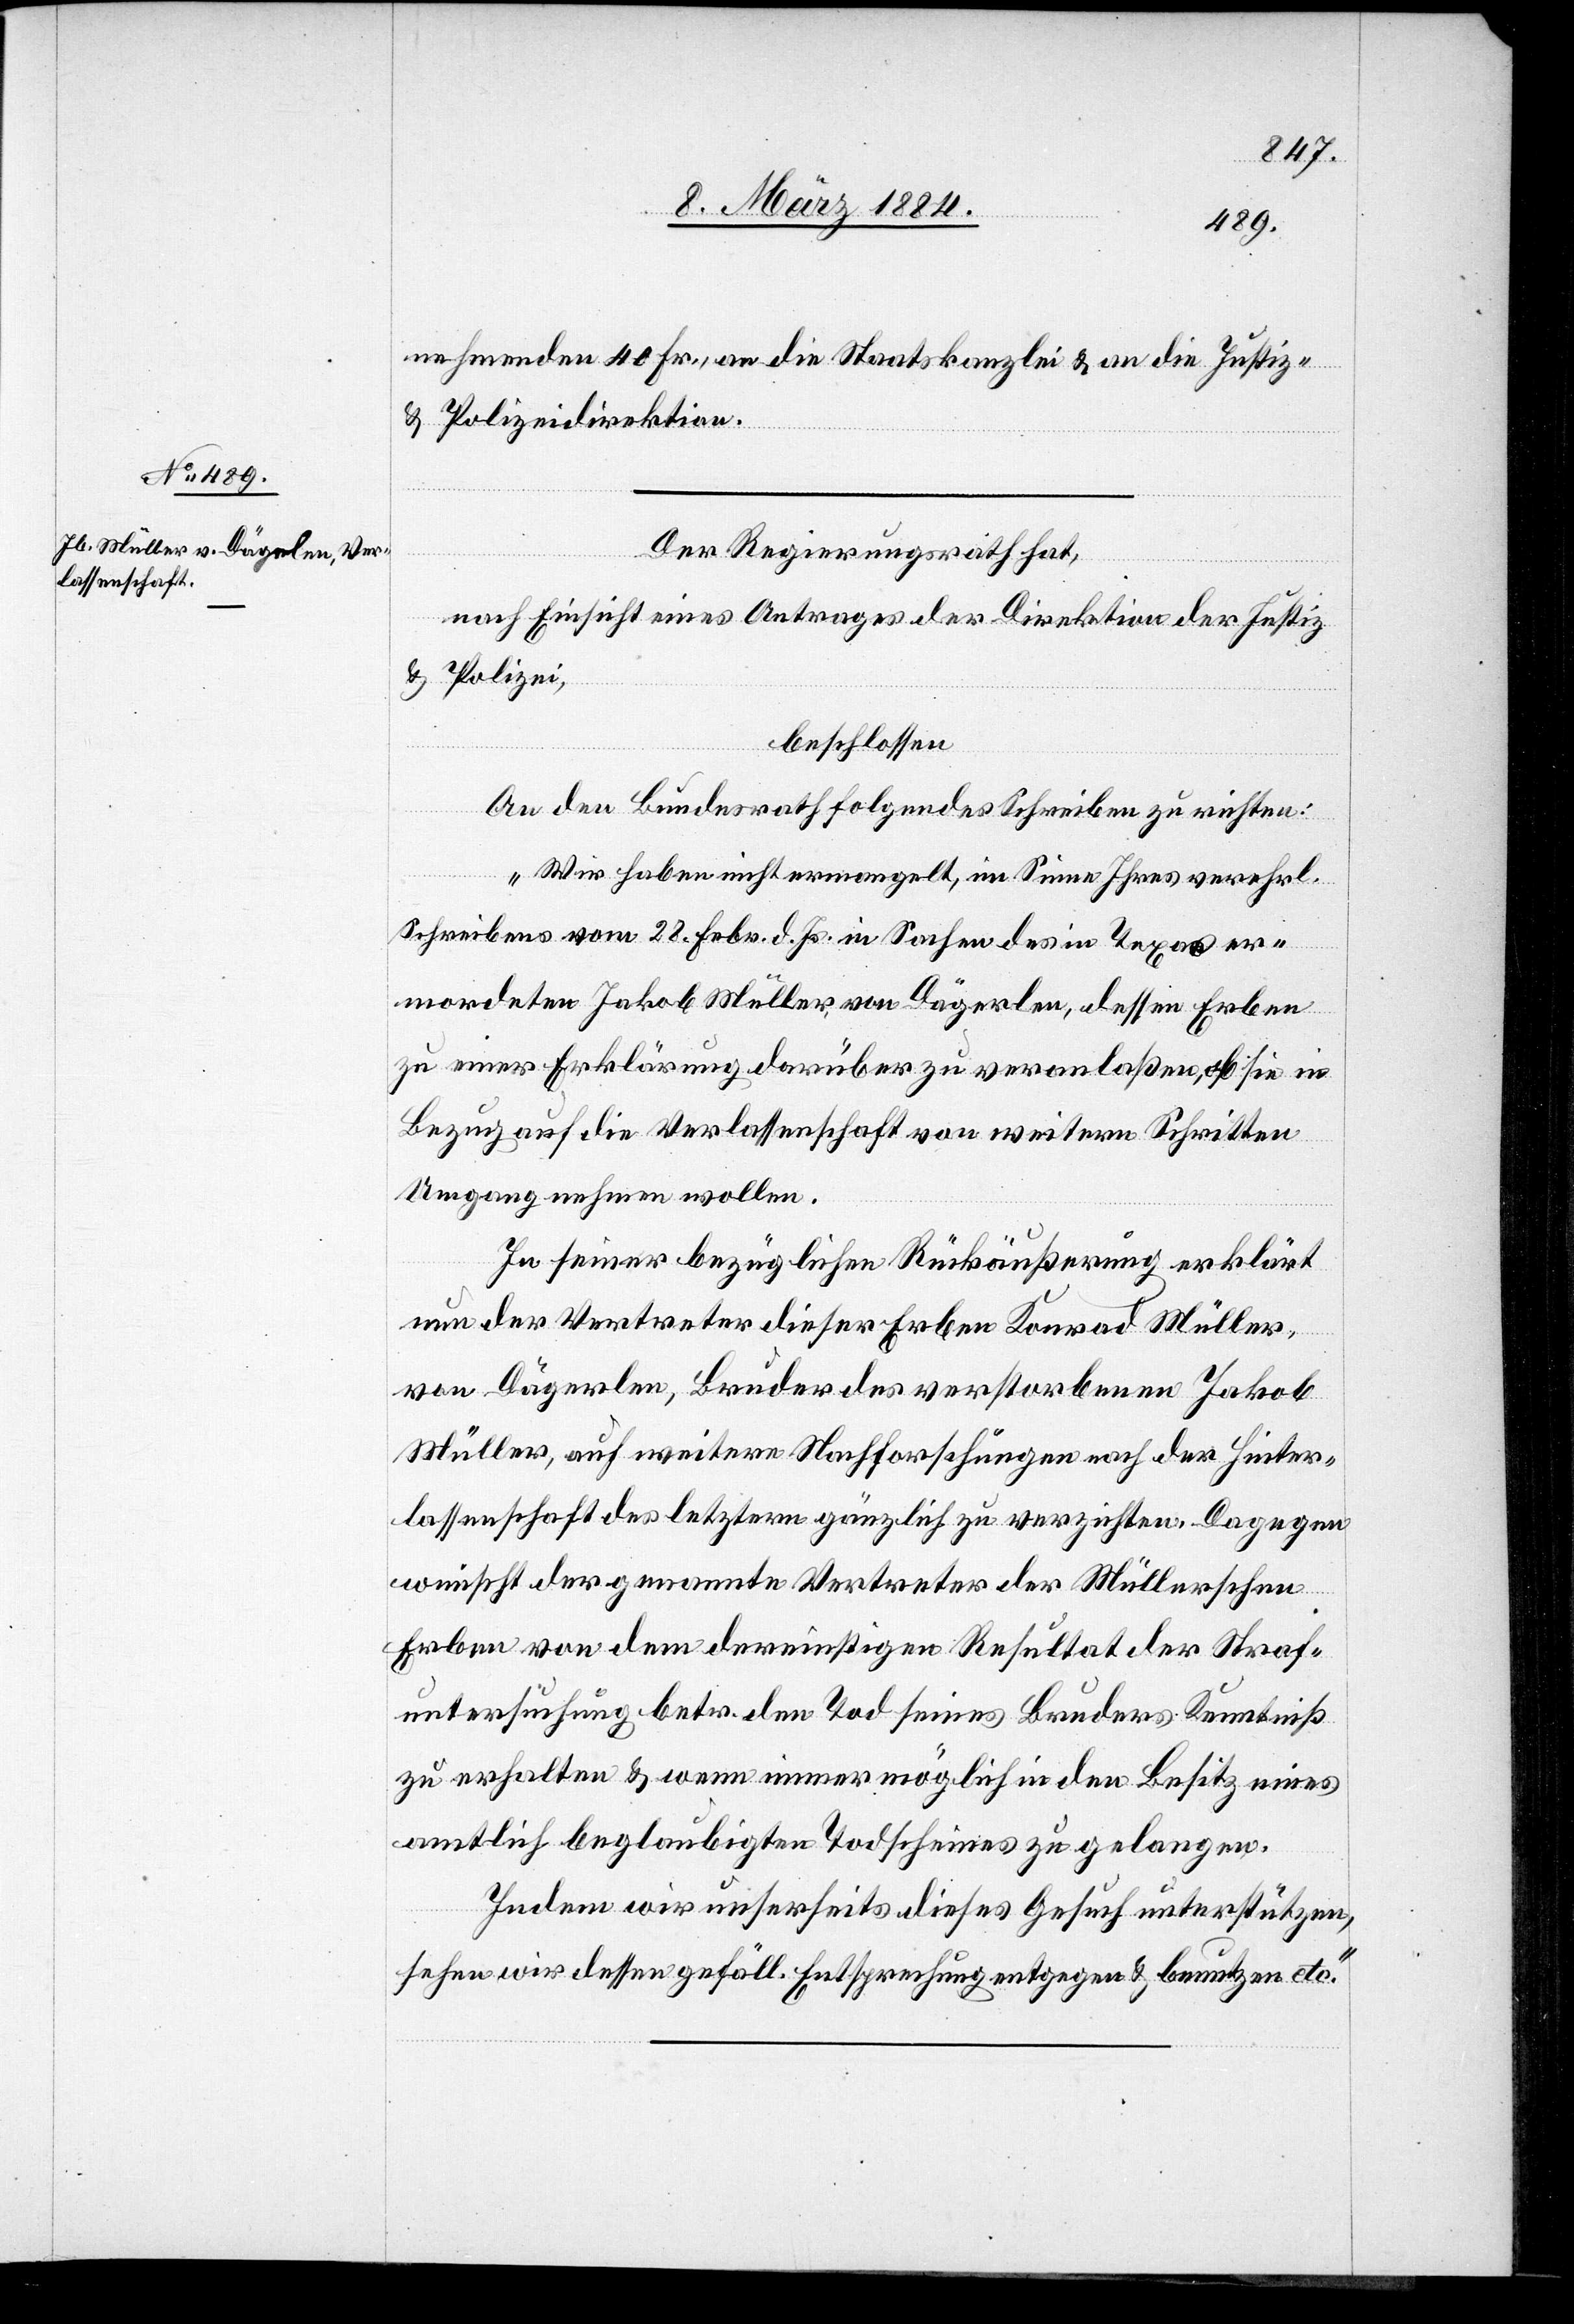
nehmenden 40 Fr., an die Staatskanzlei & an die Justiz-
& Polizeidirektion.
Der Regierungsrath hat,
nach Einsicht eines Antrages der Direktion der Justiz
& Polizei,
beschlossen:
An den Bundesrath folgendes Schreiben zu richten:
„Wir haben nicht ermangelt, im Sinne Ihres verehrli.
Schreibens vom 28. Febr. d. Js. in Sachen des in Texas er¬
mordeten Jakob Müller, von Dägerlen, dessen Erben
zu einer Erklärung darüber zu veranlaßen, ob sie in
Bezug auf die Verlassenschaft von weitern Schritten
Umgang nehmen wollen.
In seiner bezüglichen Rückäußerung erklärt
nun der Vertreter dieser Erben Konrad Müller,
von Dägerlen, Bruder des verstorbenen Jakob
Müller, auf weitere Nachforschungen nach der Hinter¬
lassenschaft des letztern gänzlich zu verzichten. Dagegen
wünscht der genannte Vertreter der Müllerschen
Erben von dem dereinstigen Resultat der Straf¬
untersuchung betr. dem Tod seines Bruders Kenntniß
zu erhalten & wenn immer möglich in den Besitz eines
amtlich beglaubigten Todscheines zu gelangen.
Indem wir unserseits dieses Gesuch unterstützen,
sehen wir dessen gefäll. Entsprechung entgegen & benutzen etc.“